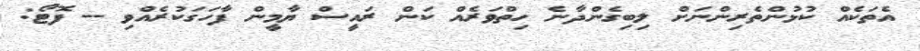
އެތަކެއް ކުޅުންތެރިންނަށް ލިބިގެންދާނެ ހިތްވަރެއް ކަން ރައީސް ޔާމީން ފާހަގަކުރެއްވި -- ފޮޓޯ: